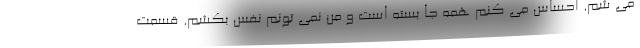
مى شم. احساس مى کنم همه جا بسته است و من نمى ‌تونم نفس بکشم. قسمت